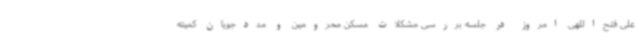
علی فتح‌اللهی امروز در جلسه بررسی مشکلات مسکن محرومین و مددجویان کمیته